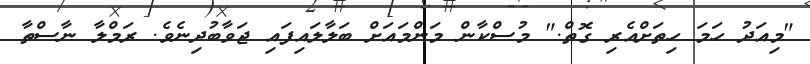
"މިއަދު ހަމަ ހިތަށްއެރި ގޮތް." މުސްކާން މަންމައަށް ބަލާލައިފައި ޖަވާބުދިނެވެ. ރަމްލާ ނާސްތާ